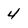
Character: 4